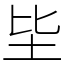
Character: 坒